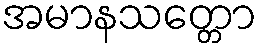
အမာနသတ္တော